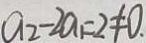
a _ { 2 } - 2 a _ { 1 } = 2 \neq 0 .